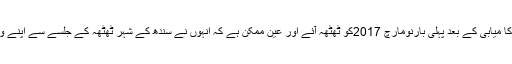
جیسا کہ گزشتہ دِنوںوزیراعظم نوا زشریف پچھلے انتخابات میں کا میابی کے بعد پہلی بارنومارچ 2017کو ٹھٹھہ آئے اور عین ممکن ہے کہ اُنہوں نے سندھ کے شہر ٹھٹھہ کے جلسے سے اپنے ولولہ انگیز خطاب کے ساتھ ہی اپنی انتخابی مہم کا آغازکردیاہے ۔